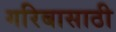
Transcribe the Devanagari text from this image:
गरिबासाठी